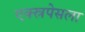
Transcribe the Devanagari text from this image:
एक्स्रपेसला